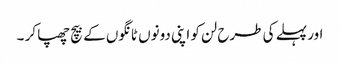
اور پہلے کی طرح لن کو اپنی دونوں ٹانگوں کے بیچ چھپا کر ۔